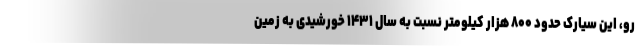
رو، این سیارک حدود ۸۰۰ هزار کیلومتر نسبت به سال ۱۴۳۱ خورشیدی به زمین